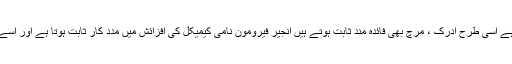
جس کے نتیجے میں دوران خون بہتر ہو جاتا ہے اسی طرح ادرک ، مرچ بھی فائدہ مند ثابت ہوتے ہیں انجیر فیرومون نامی کیمیکل کی افزائش میں مدد کار ثابت ہوتا ہے اور اسے فرٹیلیٹی کیلئے بھی بہترین قرار دیا جاتا ہے ۔